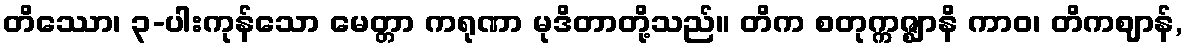
တိဿော၊ ၃-ပါးကုန်သော မေတ္တာ ကရုဏာ မုဒိတာတို့သည်။ တိက စတုက္ကဇ္ဈာနိ ကာဝ၊ တိကဈာန်,